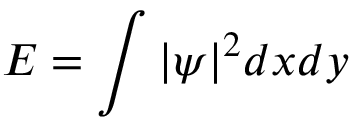
E = \int | \psi | ^ { 2 } d x d y